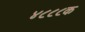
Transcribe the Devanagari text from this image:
४८८८क